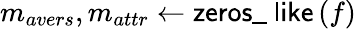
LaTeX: m_{avers},m_{attr}\gets\textsf{zeros\_ like}\left(f\right)